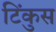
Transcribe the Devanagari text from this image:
टिंकुस